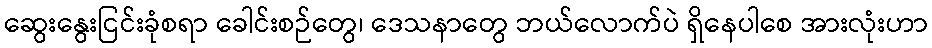
ဆွေးနွေးငြင်းခုံစရာ ခေါင်းစဉ်တွေ၊ ဒေသနာတွေ ဘယ်လောက်ပဲ ရှိနေပါစေ အားလုံးဟာ